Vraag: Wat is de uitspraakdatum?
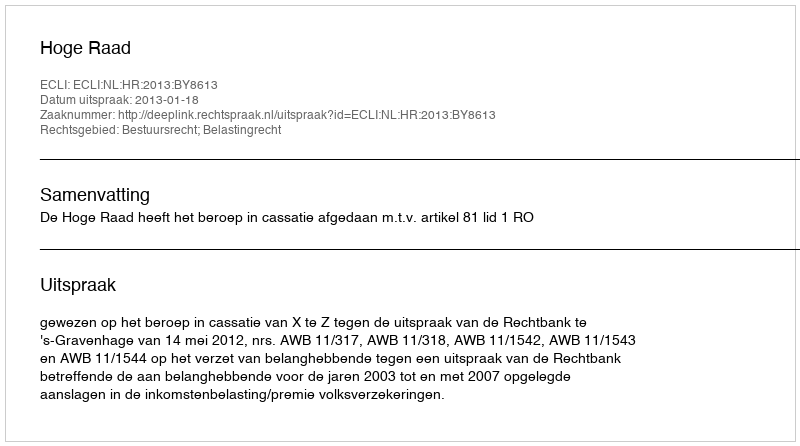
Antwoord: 2013-01-18